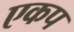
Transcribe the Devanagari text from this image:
एकप